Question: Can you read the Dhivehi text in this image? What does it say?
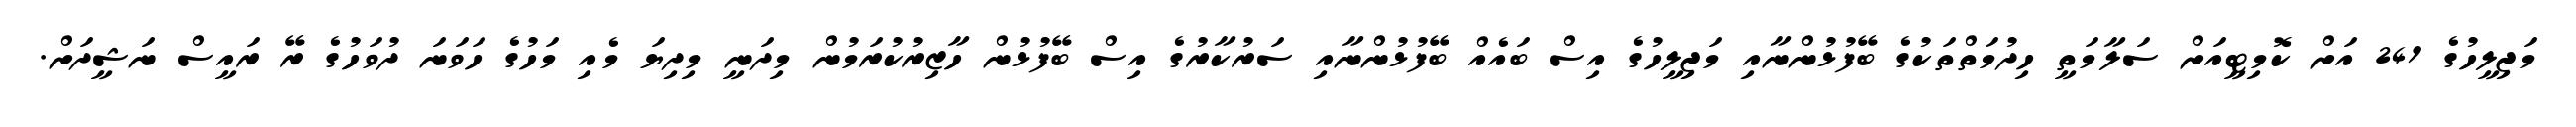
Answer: މަޖިލީހުގެ 241 އަށް ކޮމިޓީއަށް ސަލާމަތީ ހިދުމަތްތަކުގެ ބޭފުޅުންނާއި މަޖިލީހުގެ އިސް ބައެއް ބޭފުޅުންނާއި ސަރުކާރުގެ އިސް ބޭފުޅުން ހާޒިރުކުރަމުން މިދަނީ މިދިޔަ މެއި މަހުގެ ހަވަނަ ދުވަހުގެ ރޭ ރައީސް ނަޝީދަށް.